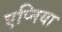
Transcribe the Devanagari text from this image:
एप्निया